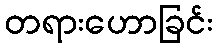
တရားဟောခြင်း